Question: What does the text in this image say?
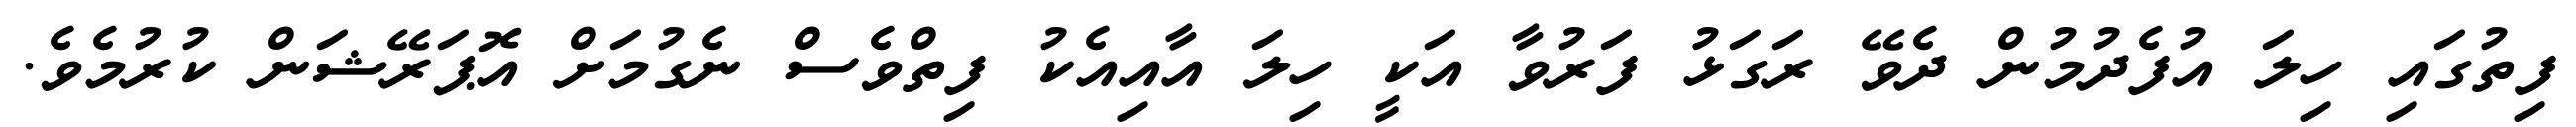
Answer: ފިތުގައި ހިލަ އުފެދުމުން ދެވޭ ރަގަޅު ފަރުވާ އަކީ ހިލަ އާއިއެކު ފިތްވެސް ނެގުމަށް އޮޕަރޭޝަން ކުރުމެވެ.